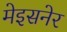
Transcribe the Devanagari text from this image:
मेइसनेर